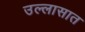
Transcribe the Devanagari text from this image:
उल्लासात